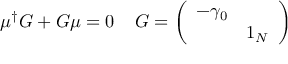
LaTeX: \mu ^ { \dagger } G + G \mu = 0 \; \; \; \; G = \left( \begin{array} { c c } { { - \gamma _ { 0 } } } & { { } } \\ { { } } & { { 1 _ { N } } } \end{array} \right)